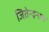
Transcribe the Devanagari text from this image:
जितेन्द्रनाथ